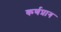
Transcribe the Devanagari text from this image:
कर्णप्राग